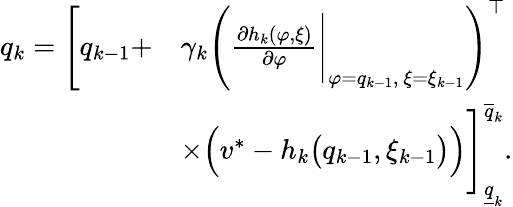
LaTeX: \begin{array}{rl}{q_{k}=\Bigg[q_{k-1}+}&{\gamma_{k}\Bigg(\frac{\partial h_{k}(\varphi,\xi)}{\partial\varphi}\Bigg|_{\varphi=q_{k-1},~\xi=\xi_{k-1}}\Bigg)^{\top}}\\ &{\times\Big(v^{*}-h_{k}\big(q_{k-1},\xi_{k-1}\big)\Big)\Bigg]_{\underline{{q}}_{k}}^{\overline{{q}}_{k}}.}\end{array}